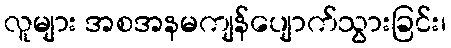
လူများ အစအနမကျန်ပျောက်သွားခြင်း၊